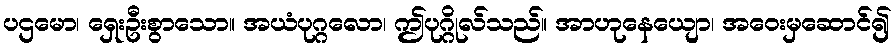
ပဌမော၊ ရှေးဦးစွာသော။ အယံပုဂ္ဂလော၊ ဤပုဂ္ဂိုလ်သည်။ အာဟုနေယျော၊ အဝေးမှဆောင်၍